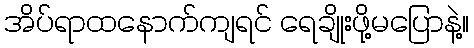
အိပ်ရာထနောက်ကျရင် ရေချိုးဖို့မပြောနဲ့။